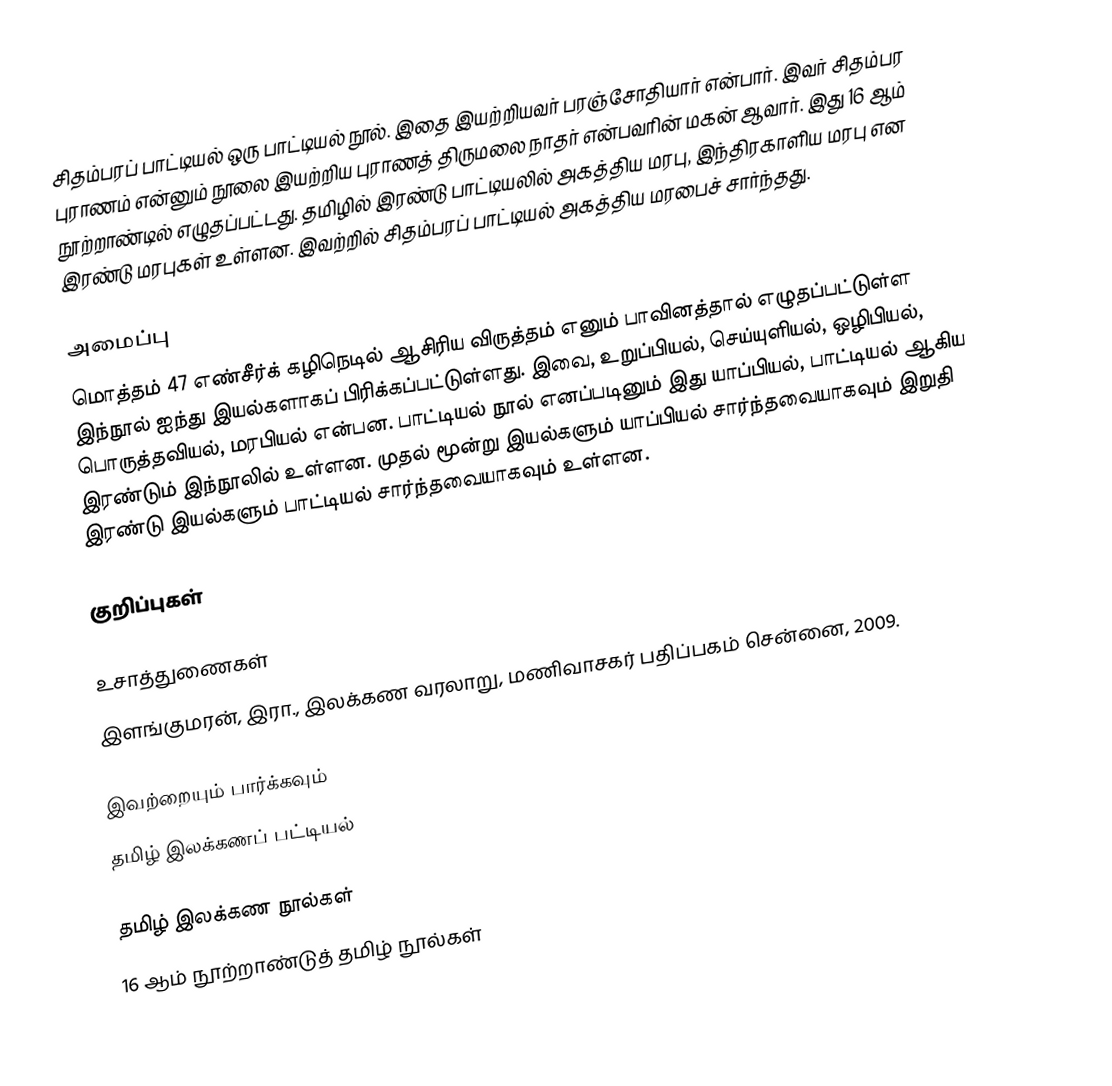
சிதம்பரப் பாட்டியல் ஒரு பாட்டியல் நூல். இதை இயற்றியவர் பரஞ்சோதியார் என்பார். இவர் சிதம்பர புராணம் என்னும் நூலை இயற்றிய புராணத் திருமலை நாதர் என்பவரின் மகன் ஆவார். இது 16 ஆம் நூற்றாண்டில் எழுதப்பட்டது. தமிழில் இரண்டு பாட்டியலில் அகத்திய மரபு, இந்திரகாளிய மரபு என இரண்டு மரபுகள் உள்ளன. இவற்றில் சிதம்பரப் பாட்டியல் அகத்திய மரபைச் சார்ந்தது.

அமைப்பு
மொத்தம் 47 எண்சீர்க் கழிநெடில் ஆசிரிய விருத்தம் எனும் பாவினத்தால் எழுதப்பட்டுள்ள இந்நூல் ஐந்து இயல்களாகப் பிரிக்கப்பட்டுள்ளது. இவை, உறுப்பியல், செய்யுளியல், ஒழிபியல், பொருத்தவியல், மரபியல் என்பன. பாட்டியல் நூல் எனப்படினும் இது யாப்பியல், பாட்டியல் ஆகிய இரண்டும் இந்நூலில் உள்ளன. முதல் மூன்று இயல்களும் யாப்பியல் சார்ந்தவையாகவும் இறுதி இரண்டு இயல்களும் பாட்டியல் சார்ந்தவையாகவும் உள்ளன.

குறிப்புகள்

உசாத்துணைகள்
 இளங்குமரன், இரா., இலக்கண வரலாறு, மணிவாசகர் பதிப்பகம் சென்னை, 2009.

இவற்றையும் பார்க்கவும்
தமிழ் இலக்கணப் பட்டியல்

தமிழ் இலக்கண நூல்கள்
16 ஆம் நூற்றாண்டுத் தமிழ் நூல்கள்